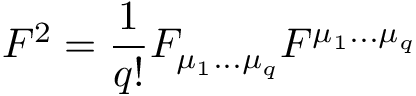
F ^ { 2 } = \frac { 1 } { q ! } F _ { \mu _ { 1 } . . . \mu _ { q } } F ^ { \mu _ { 1 } . . . \mu _ { q } }